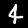
Label: 4